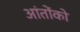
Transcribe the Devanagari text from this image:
आंतोंको